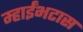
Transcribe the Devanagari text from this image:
म्हाईंभटास